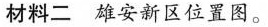
材料二 雄安新区位置图。